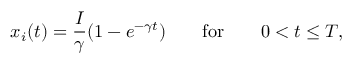
x _ { i } ( t ) = \frac { I } { \gamma } ( 1 - e ^ { - \gamma t } ) \qquad \mathrm { f o r } \qquad 0 < t \leq T ,